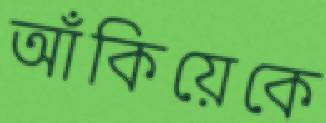
আঁকিয়েকে